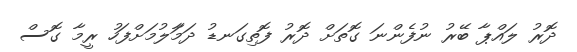
ދޮރު ލައްޕާ ބޭރު ނުފެންނަ ގޮތަށް ދޮރު ފޮތިގަނޑު ދަމާަލުމަށްފަހު ރީމާ ގޮސް